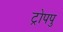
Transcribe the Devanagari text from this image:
ट्रोपपु